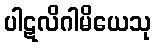
ပါဋလိဂါမိယေသု